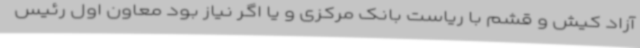
آزاد کیش و قشم با ریاست بانک مرکزی و یا اگر نیاز بود معاون اول رئیس